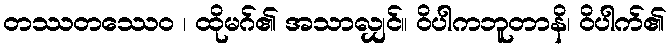
တဿတဿေဝ ၊ ထိုမဂ်၏ အသာလျှင်။ ဝိပါကဘူတာနိ၊ ဝိပါက်၏